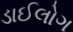
ડાઈલોગ